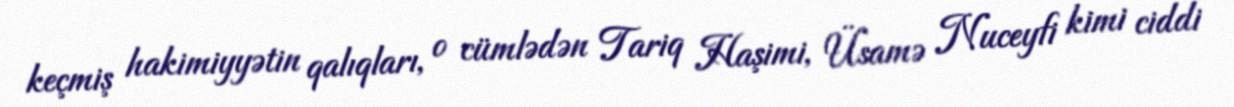
keçmiş hakimiyyətin qalıqları, o cümlədən Tariq Haşimi, Üsamə Nuceyfi kimi ciddi